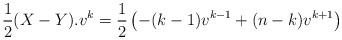
LaTeX: \begin{align*} \frac12(X-Y).v^k=\frac12\left(-(k-1)v^{k-1}+(n-k)v^{k+1}\right)\end{align*}